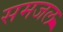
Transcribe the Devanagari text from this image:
समजल